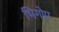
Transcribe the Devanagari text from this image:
भिगोए